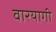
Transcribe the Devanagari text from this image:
वारयागी